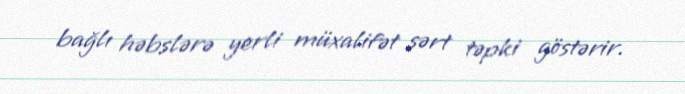
bağlı həbslərə yerli müxalifət sərt təpki göstərir.